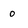
Character: 0